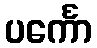
ပင်္ကော